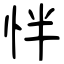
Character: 怑